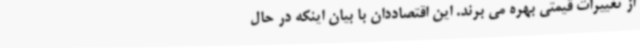
از تغییرات قیمتی بهره می برند. این اقتصاددان با بیان اینکه در حال